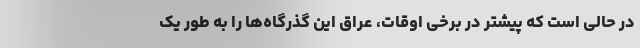
در حالی است که پیشتر در برخی اوقات، عراق این گذرگاه‌ها را به طور یک